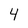
Character: 4